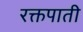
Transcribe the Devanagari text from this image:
रक्तपाती